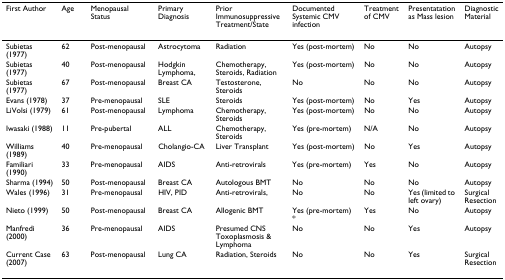
<table><thead><tr><td><b>First Author</b></td><td><b>Age</b></td><td><b>Menopausal Status</b></td><td><b>Primary Diagnosis</b></td><td><b>Prior Immunosuppressive Treatment/State</b></td><td><b>Documented Systemic CMV infection</b></td><td><b>Treatment of CMV</b></td><td><b>Presentatation as Mass lesion</b></td><td><b>Diagnostic Material</b></td></tr></thead><tbody><tr><td>Subietas (1977)</td><td>62</td><td>Post-menopausal</td><td>Astrocytoma</td><td>Radiation</td><td>Yes (post-mortem)</td><td>No</td><td>No</td><td>Autopsy</td></tr><tr><td>Subietas (1977)</td><td>40</td><td>Post-menopausal</td><td>Hodgkin Lymphoma,</td><td>Chemotherapy, Steroids, Radiation</td><td>Yes (post-mortem)</td><td>No</td><td>No</td><td>Autopsy</td></tr><tr><td>Subietas (1977)</td><td>67</td><td>Post-menopausal</td><td>Breast CA</td><td>Testosterone, Steroids</td><td>No</td><td>No</td><td>No</td><td>Autopsy</td></tr><tr><td>Evans (1978)</td><td>37</td><td>Pre-menopausal</td><td>SLE</td><td>Steroids</td><td>Yes (post-mortem)</td><td>No</td><td>Yes</td><td>Autopsy</td></tr><tr><td>LiVolsi (1979)</td><td>61</td><td>Post-menopausal</td><td>Lymphoma</td><td>Chemotherapy, Steroids</td><td>Yes (post-mortem)</td><td>No</td><td>No</td><td>Autopsy</td></tr><tr><td>Iwasaki (1988)</td><td>11</td><td>Pre-pubertal</td><td>ALL</td><td>Chemotherapy, Steroids</td><td>Yes (pre-mortem)</td><td>N/A</td><td>No</td><td>Autopsy</td></tr><tr><td>Williams (1989)</td><td>40</td><td>Pre-menopausal</td><td>Cholangio-CA</td><td>Liver Transplant</td><td>Yes (post-mortem)</td><td>No</td><td>Yes</td><td>Autopsy</td></tr><tr><td>Familiari (1990)</td><td>33</td><td>Pre-menopausal</td><td>AIDS</td><td>Anti-retrovirals</td><td>Yes (pre-mortem)</td><td>Yes</td><td>No</td><td>Autopsy</td></tr><tr><td>Sharma (1994)</td><td>50</td><td>Post-menopausal</td><td>Breast CA</td><td>Autologous BMT</td><td>No</td><td>No</td><td>No</td><td>Autopsy</td></tr><tr><td>Wales (1996)</td><td>31</td><td>Pre-menopausal</td><td>HIV, PID</td><td>Anti-retrovirals,</td><td>No</td><td>No</td><td>Yes (limited to left ovary)</td><td>Surgical Resection</td></tr><tr><td>Nieto (1999)</td><td>50</td><td>Post-menopausal</td><td>Breast CA</td><td>Allogenic BMT</td><td>Yes (pre-mortem) *</td><td>Yes</td><td>No</td><td>Autopsy</td></tr><tr><td>Manfredi (2000)</td><td>36</td><td>Pre-menopausal</td><td>AIDS</td><td>Presumed CNS Toxoplasmosis &amp; Lymphoma</td><td>No</td><td>No</td><td>Yes</td><td>Autopsy</td></tr><tr><td>Current Case (2007)</td><td>63</td><td>Post-menopausal</td><td>Lung CA</td><td>Radiation, Steroids</td><td>No</td><td>No</td><td>Yes</td><td>Surgical Resection</td></tr></tbody></table>